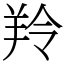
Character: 羚